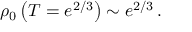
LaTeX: \rho _ { 0 } \left( T = e ^ { 2 / 3 } \right) \sim e ^ { 2 / 3 } \, .